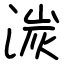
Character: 湠